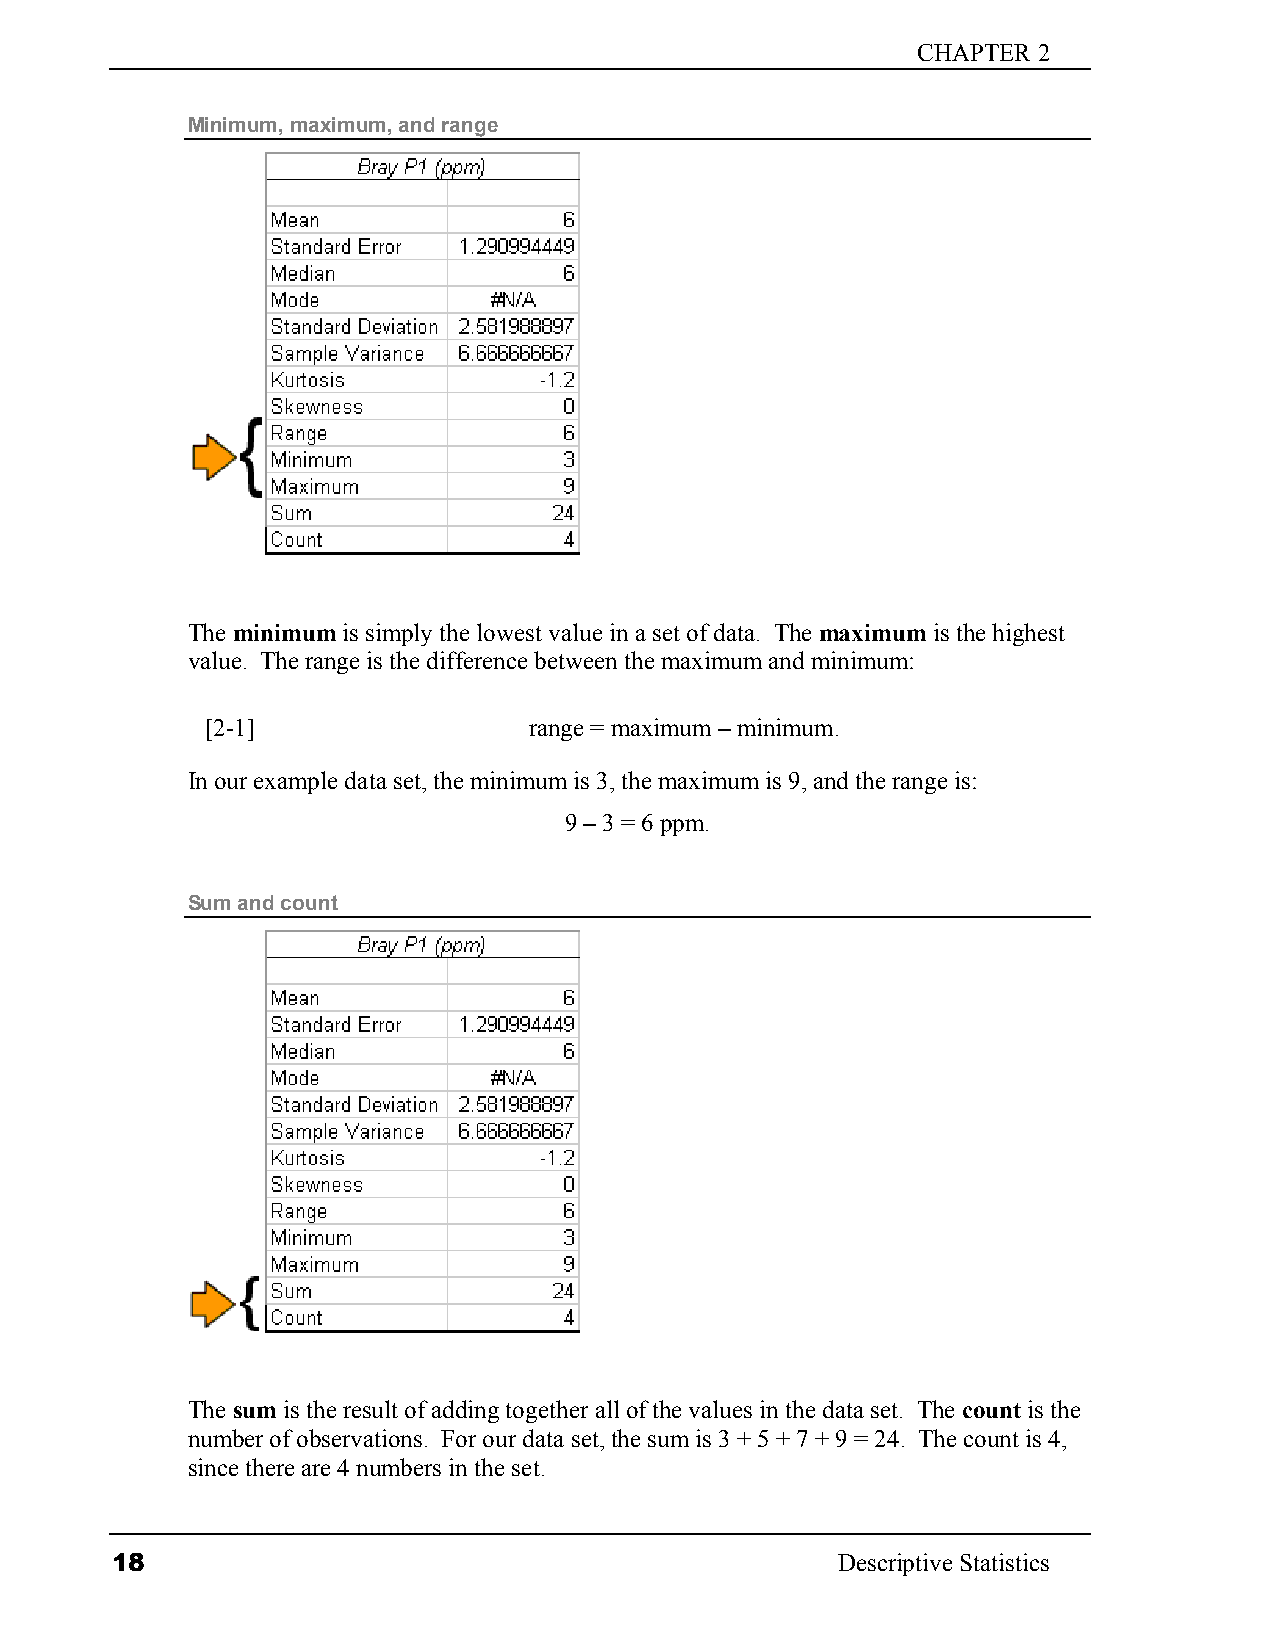
CHAPTER 2
 Minimum, maximum, and range
 The minimum is simply the lowest value in a set of data. The maximum is the highest
 value. The range is the difference between the maximum and minimum:
 [2-1]                range = maximum – minimum.
 In our example data set, the minimum is 3, the maximum is 9, and the range is:
 9 – 3 = 6 ppm.
 Sum and count
 The sum is the result of adding together all of the values in the data set. The count is the
 number of observations. For our data set, the sum is 3 + 5 + 7 + 9 = 24. The count is 4,
 since there are 4 numbers in the set.
 18                                              Descriptive Statistics